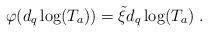
LaTeX: \begin{align*}\varphi(d_q\log(T_a)) = \tilde\xi d_q\log(T_a)\ .\end{align*}